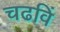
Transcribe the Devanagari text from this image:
चढविं